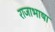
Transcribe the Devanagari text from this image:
राजाभाषा